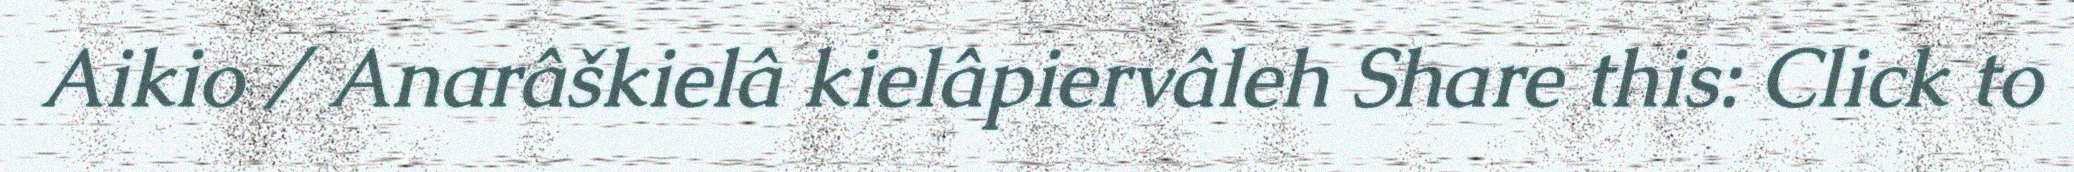
Aikio / Anarâškielâ kielâpiervâleh Share this: Click to